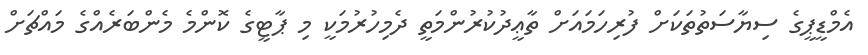
އެމްޑީޕީގެ ސިޔާސަތުތަކަށް ފުރިހަމައަށް ތާޢީދުކުރުންމަތީ ދެމިހުރުމަކީ މި ޕާޓީގެ ކޮންމެ މެންބަރެއްގެ މައްޗަށް